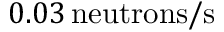
0 . 0 3 \, \mathrm { n e u t r o n s / s }